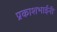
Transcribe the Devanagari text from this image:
प्रकाशभाईनी